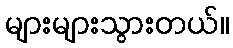
များများသွားတယ်။